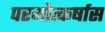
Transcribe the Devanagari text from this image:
परमोत्कर्षास